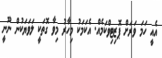
އެއީ ހަމަ ވަރަށް ޕޮޒިޓިވްކަމެއް. އެކަމަކު މިހާރު މިވާ ގޮތަކީ ލަވަޔަކުން ނޫނީ